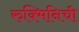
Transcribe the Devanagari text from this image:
रुक्मिनिची